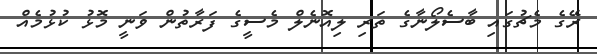
ރޭގެ މެޗުގައި ބާސެލޯނާގެ ތަރި ލިއޮނެލް މެސީގެ ފަރާތުން ވަނީ މޮޅު ކުޅުމެއް